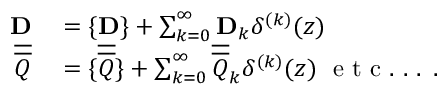
\begin{array} { r l } { \mathbf { D } } & { { } = \{ \mathbf { D } \} + \sum _ { k = 0 } ^ { \infty } \mathbf { D } _ { k } \delta ^ { ( k ) } ( z ) } \\ { \overline { { \overline { { Q } } } } } & { { } = \{ \overline { { \overline { { Q } } } } \} + \sum _ { k = 0 } ^ { \infty } \overline { { \overline { { Q } } } } _ { k } \delta ^ { ( k ) } ( z ) \, \, \mathrm { ~ e ~ t ~ c ~ . ~ . ~ . ~ } \, . } \end{array}